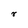
Character: r